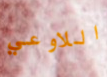
اللاوعي